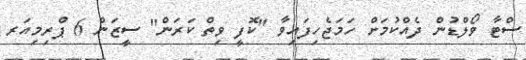
ސްޓާ ވޯލްޑުން ދެއްކުމަށް ހަމަޖެހިފައިވާ "ކޮފީ ވިތް ކަރަން" ސީޒަން 6 ޕްރިމިއަރ